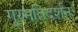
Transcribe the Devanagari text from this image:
गुरमतिदर्शन